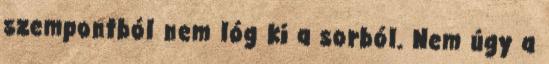
szempontból nem lóg ki a sorból. Nem úgy a